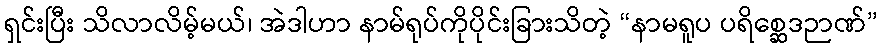
ရှင်းပြီး သိလာလိမ့်မယ်၊ အဲဒါဟာ နာမ်ရုပ်ကိုပိုင်းခြားသိတဲ့ “နာမရူပ ပရိစ္ဆေဒဉာဏ်”